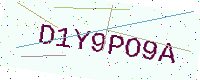
Text: D1Y9PO9A